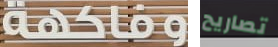
وفاكهة تصاريح